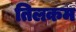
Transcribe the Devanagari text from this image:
तिलकम